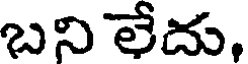
బని లేదు,